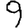
Digit: 9